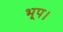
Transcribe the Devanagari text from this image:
भूप।